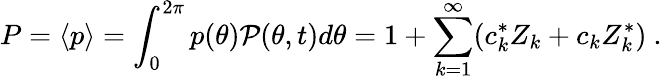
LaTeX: P=\langle p\rangle=\int_{0}^{2\pi}p(\theta)\mathcal P(\theta,t)d\theta=1+\sum_{k=1}^{\infty}(c_{k}^{*}Z_{k}+c_{k}Z_{k}^{*})\ .